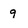
Character: 9